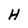
Character: H